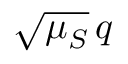
\sqrt { \mu _ { S } } \, q